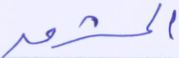
المشرق